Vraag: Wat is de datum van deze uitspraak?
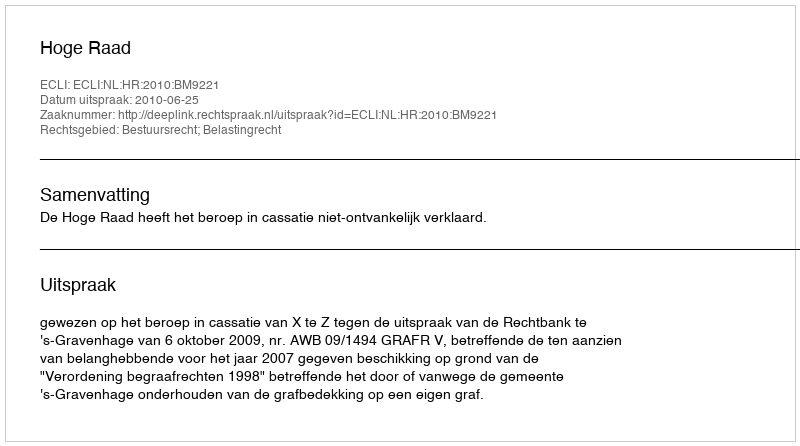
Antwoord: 2010-06-25